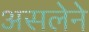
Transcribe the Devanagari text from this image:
असलेने